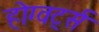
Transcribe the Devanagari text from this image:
होग्वर्ट्स